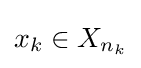
x_{k}\in X_{n_{k}}